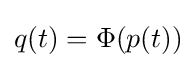
q(t)=\Phi (p(t))